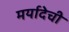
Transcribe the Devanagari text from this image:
मर्यादेची